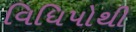
વિધિપોથી